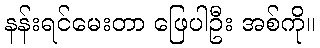
နန်းရင်မေးတာ ဖြေပါဦး အစ်ကို။